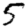
Digit: 5